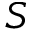
S